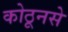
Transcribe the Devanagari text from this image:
कोठूनसे